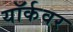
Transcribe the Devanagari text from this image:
यॉर्कवर